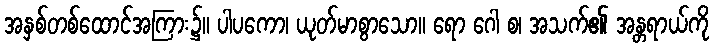
အနှစ်တစ်ထောင်အကြား၌။ ပါပကော၊ ယုတ်မာစွာသော။ ရော ဂေါ စ၊ အသက်၏ အန္တရာယ်ကို